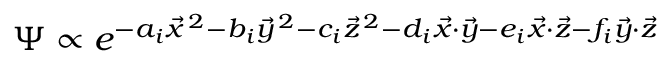
\Psi \propto e ^ { - a _ { i } \vec { x } ^ { \, 2 } - b _ { i } \vec { y } ^ { \, 2 } - c _ { i } \vec { z } ^ { \, 2 } - d _ { i } \vec { x } \cdot \vec { y } - e _ { i } \vec { x } \cdot \vec { z } - f _ { i } \vec { y } \cdot \vec { z } }